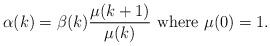
LaTeX: \begin{align*} \alpha(k) = \beta(k)\frac{\mu(k+1)}{\mu(k)} \textrm{ where } \mu(0) = 1. \end{align*}